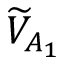
\widetilde { V } _ { A _ { 1 } }